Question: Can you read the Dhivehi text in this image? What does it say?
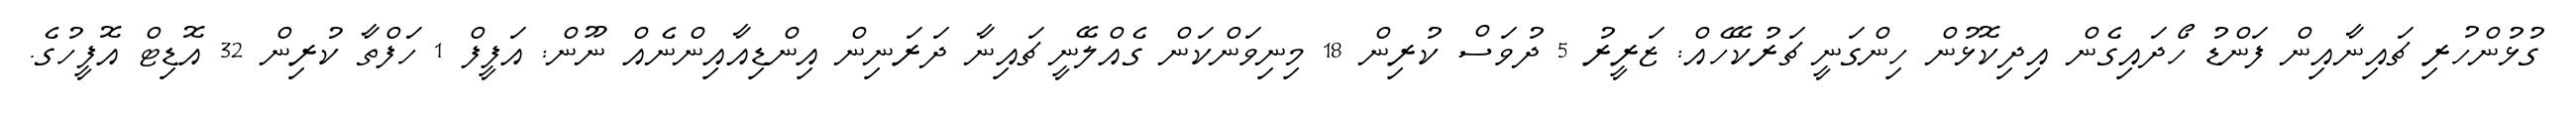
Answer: ގުޅުންހުރި ޗައިނާއިން ފަންޑު ހޯދައިގެން އިދިކޮޅުން ހިންގަނީ ޗަރުކޭހެއް: ޒަރީރު 5 ދުވަސް ކުރިން 18 މިނިވަންކަން ގެއްލޭނީ ޗައިނާ ދަރަނިން އިންޑިއާއިންނެއް ނޫން: އަފީފް 1 ހަފްތާ ކުރިން 32 އޮޑިޓް އޮފީހުގެ.